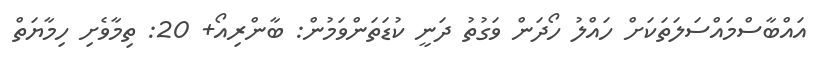
އައްބާސްމައްސަލަތަކަށް ހައްލު ހޯދަން ވަގުތު ދަނީ ކުޑަތަންވަމުން: ބާންރިއޯ+ 20: ތިމާވެށި ހިމާޔަތް